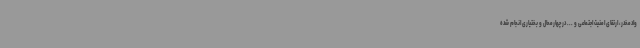
وادمخدر، ارتقای امنیت اجتماعی و ... در چهارمحال و بختیاری انجام شده